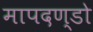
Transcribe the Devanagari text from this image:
मापदण्डो